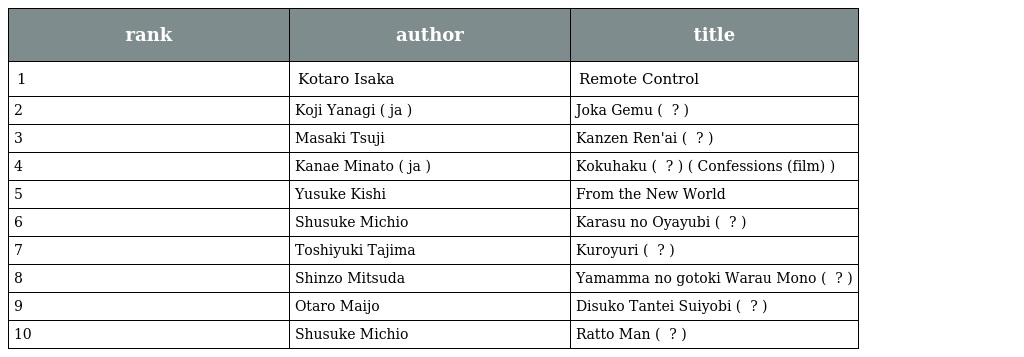
| rank | author | title |
 | --- | --- | --- |
 | 1 | Kotaro Isaka | Remote Control |
 | 2 | Koji Yanagi ( ja ) | Joka Gemu ( ジョーカー・ゲーム ? ) |
 | 3 | Masaki Tsuji | Kanzen Ren'ai ( 完全恋愛 ? ) |
 | 4 | Kanae Minato ( ja ) | Kokuhaku ( 告白 ? ) ( Confessions (film) ) |
 | 5 | Yusuke Kishi | From the New World |
 | 6 | Shusuke Michio | Karasu no Oyayubi ( カラスの親指 ? ) |
 | 7 | Toshiyuki Tajima | Kuroyuri ( 黒百合 ? ) |
 | 8 | Shinzo Mitsuda | Yamamma no gotoki Warau Mono ( 山魔の如き嗤うもの ? ) |
 | 9 | Otaro Maijo | Disuko Tantei Suiyobi ( ディスコ探偵水曜日 ? ) |
 | 10 | Shusuke Michio | Ratto Man ( ラットマン ? ) |